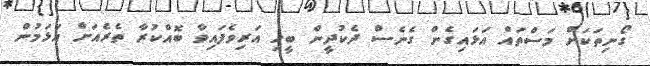
ގޯނިތަކަށް މަސްތައް އަޅައިގެން ގެނެސް ދެކުދީން ބީހި އަރިވެފައިވާ ބޮއްކުރާ ތެރެއަށް އަޅަމުން